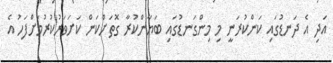
އަދި އެ ދަނޑުގައި ކަންކުރަނީ މި މިންގަނޑުގައި ބަޔާންކުރާ ގޮތަށްކަން ކަށަވަރުކުރުމަށްފަހު އެ